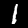
Label: 1